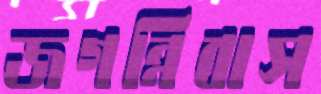
জগন্নিবাস